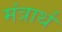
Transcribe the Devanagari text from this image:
मंत्रार्थ